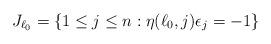
LaTeX: \begin{align*}J_{\ell_0} = \{1\le j \le n : \eta(\ell_0,j)\epsilon_j = -1\}\,\end{align*}